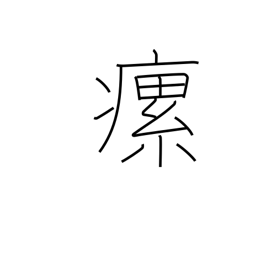
Meaning: swollen neck glands